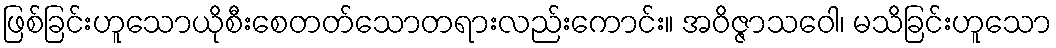
ဖြစ်ခြင်းဟူသောယိုစီးစေတတ်သောတရားလည်းကောင်း။ အဝိဇ္ဇာသဝေါ၊ မသိခြင်းဟူသော